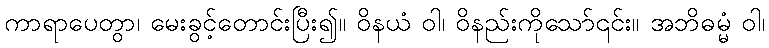
ကာရာပေတွာ၊ မေးခွင့်တောင်းပြီး၍။ ဝိနယံ ဝါ၊ ဝိနည်းကိုသော်၎င်း။ အဘိဓမ္မံ ဝါ၊